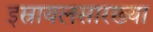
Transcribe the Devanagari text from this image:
इस्रायलसारख्या